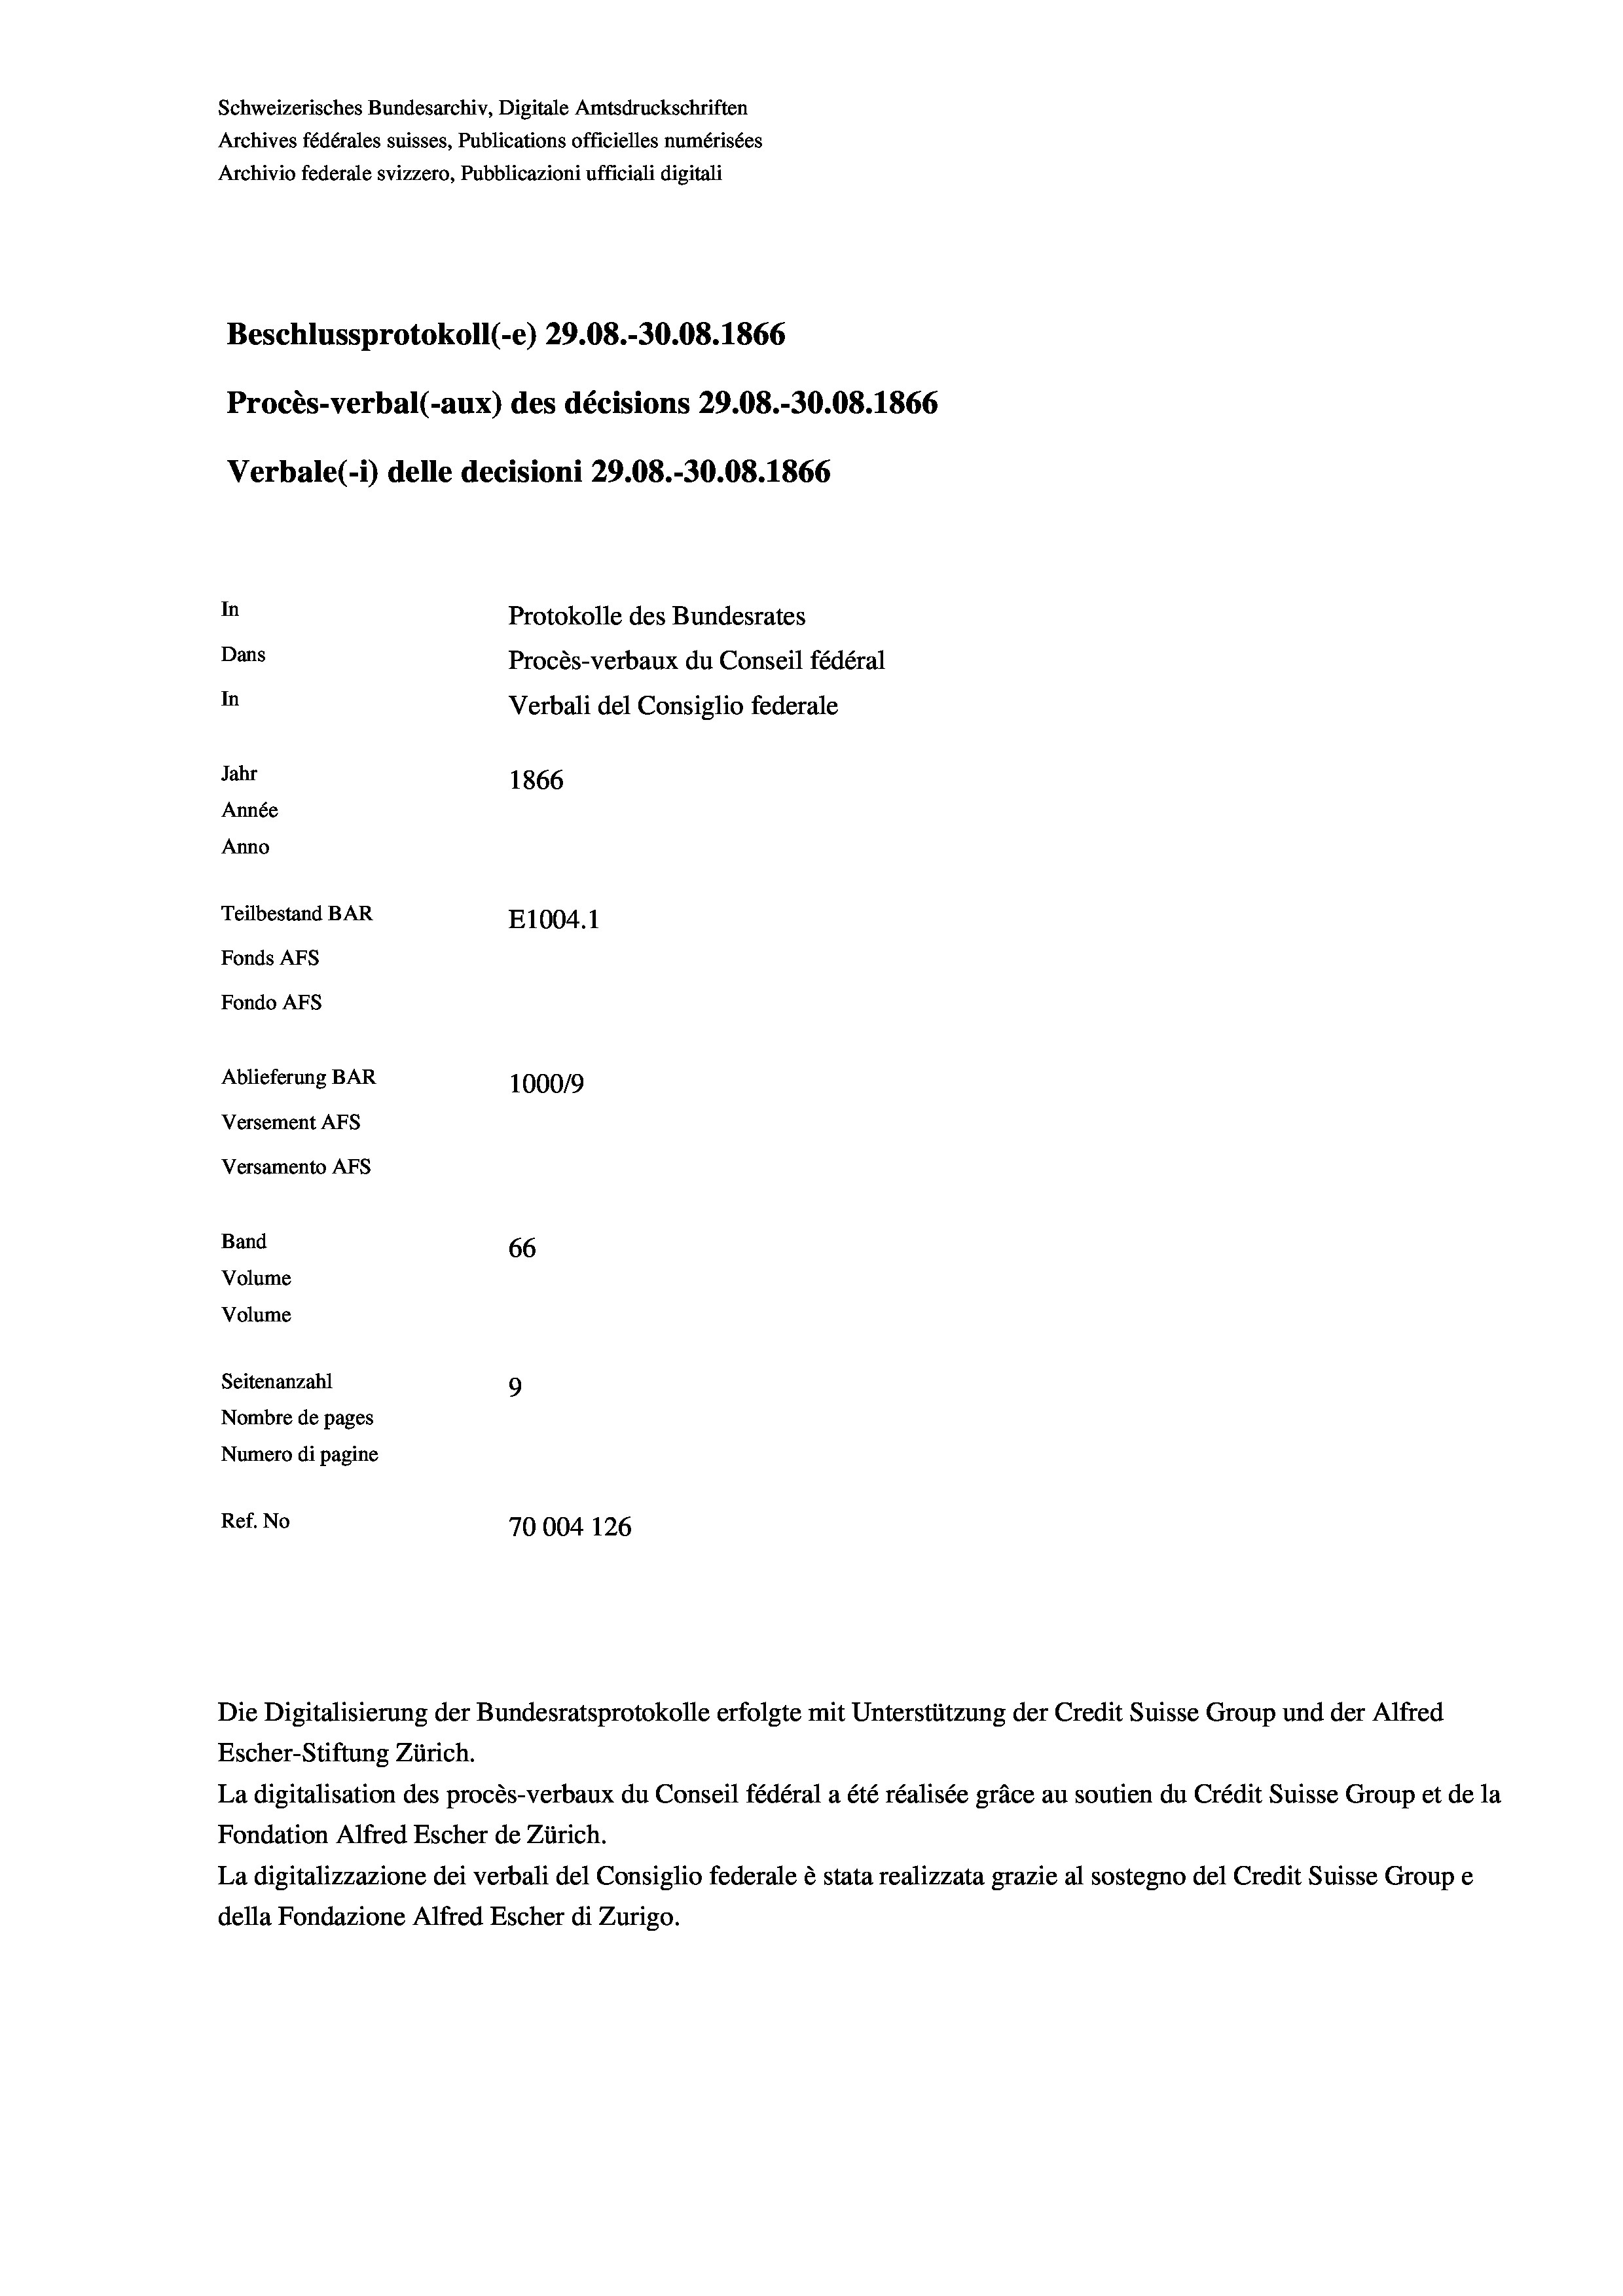
Schweizerisches Bundesarchiv, Digitale Amtsdruckschriften
Archives fédérales suisses, Publications officielles numérisées
Archivio federale svizzero, Pubblicazioni ufficiali digitali
Beschlussprotokoll (-e) 29.08.-30.08. 1866
Procès-verbal (-aux) des décisions 29.08.-30.08. 1866
Verbale (i) delle decisioni 29.08.-30.08. 1866
In
Protokolle des Bundesrates
Dans
Procès-verbaux du Conseil fédéral
In
Verbali del Consiglio federale
Jahr
1866
Année
Anno
Teilbestand BAR
E1004. 1
Fonds AFs
Fondo AFs
Ablieferung BAR
100019
Versement AFs
Versamento AFs
Band
66
Volume
Volume
Seitenanzahl
9

Nombre de pages
Numero di pagine
Ref. No
70004 126

Escher-Stiftung Zürich.
La digitalisation des procès-verbaux du Conseil fédéral a été réalisée gräce au soutien du Crédit Suisse Group et de la
Fondation Alfred Escher de Zürich.
La digitalizzazione dei verbali del Consiglio federale è stata realizzata grazie al sostegno del Credit Suisse Groupe
della Fondazione Alfred Escher di Zurigo.

Die Digitalisierung der Bundesratsprotokolle erfolgte mit Unterstützung der Credit Suisse Group und der Alfred